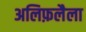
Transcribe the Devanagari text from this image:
अलिफ़लैला